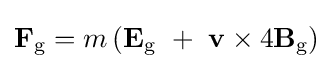
\mathbf {F} _{\text{g}}=m\left(\mathbf {E} _{\text{g}}\ +\ \mathbf {v} \times 4\mathbf {B} _{\text{g}}\right)